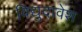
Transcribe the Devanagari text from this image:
विद्युदावेश